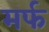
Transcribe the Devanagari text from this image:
मर्फ